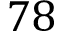
7 8